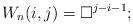
LaTeX: \begin{align*} W_n (i,j) = \square^{j-i-1} ; \end{align*}